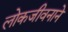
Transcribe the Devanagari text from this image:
लोकजीवनाने